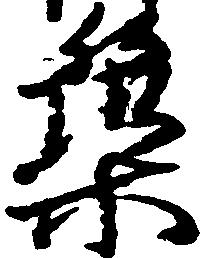
築